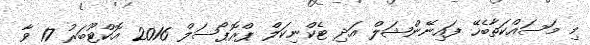
މި މަސައްކަތާބެހޭ ފައިނޭންޝަލް އަދި ޓެކްނިކަލް ޕްރޮޕޯސަލް 2016 އޮކްޓޫބަރު 17 ވާ